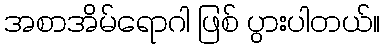
အစာအိမ်ရောဂါ ဖြစ် ပွားပါတယ်။